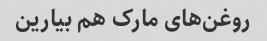
روغن‌های مارک هم بیارین